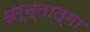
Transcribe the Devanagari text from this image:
अर्न्तात्मा